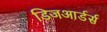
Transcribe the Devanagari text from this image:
डिजआर्डर्स